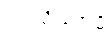
ဌပယိဿာမိ